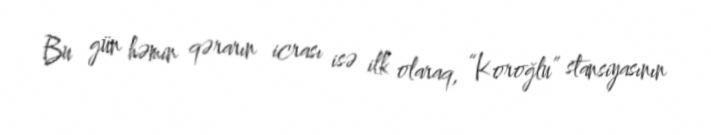
Bu gün həmin qərarın icrası isə ilk olaraq, “Koroğlu” stansiyasının